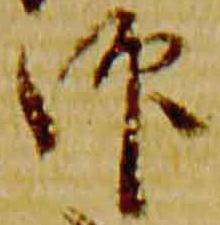
仰